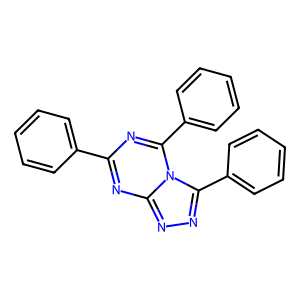
SMILES: c1ccc(-c2nc(-c3ccccc3)n3c(-c4ccccc4)nnc3n2)cc1
Inhibits HIV replication: No